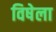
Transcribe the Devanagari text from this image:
विषेला